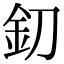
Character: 釖